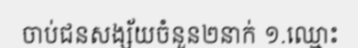
ចាប់ជនសង្ស័យចំនួន២នាក់ ១.ឈ្មោះ